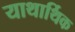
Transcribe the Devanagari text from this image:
याथार्थिक